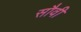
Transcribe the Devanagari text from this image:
सौवी